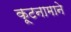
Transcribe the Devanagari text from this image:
कूटनामाने